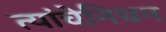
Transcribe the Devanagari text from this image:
त्यांचेनिधन